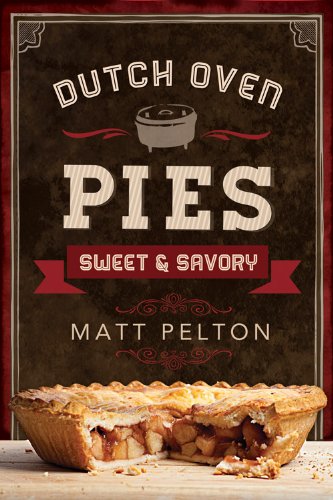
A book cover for Dutch Oven Pies: Sweet and Savory; Matt Pelton; Cookbooks, Food & Wine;